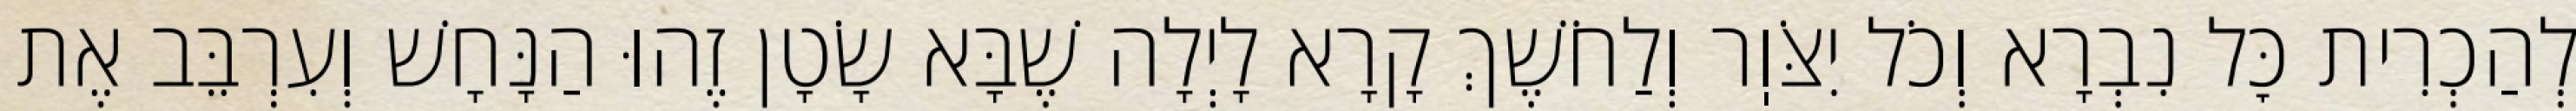
לְהַכְרִית כׇּל נִבְרָא וְכֹל יִצֹּוֽר וְלַחֹשֶׁךְ קָרָא לָיְלָה שֶׁבָּא שָׂטָן זֶהוּ הַנָּחָשׁ וְעִרְבֵּב אֶת